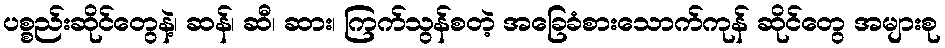
ပစ္စည်းဆိုင်တွေနဲ့၊ ဆန်၊ ဆီ၊ ဆား၊ ကြက်သွန်စတဲ့ အခြေခံစားသောက်ကုန် ဆိုင်တွေ အများစု